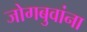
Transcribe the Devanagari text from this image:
जोगबुवांना